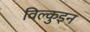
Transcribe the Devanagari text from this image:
विल्कुइन